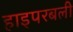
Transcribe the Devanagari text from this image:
हाइपरबली